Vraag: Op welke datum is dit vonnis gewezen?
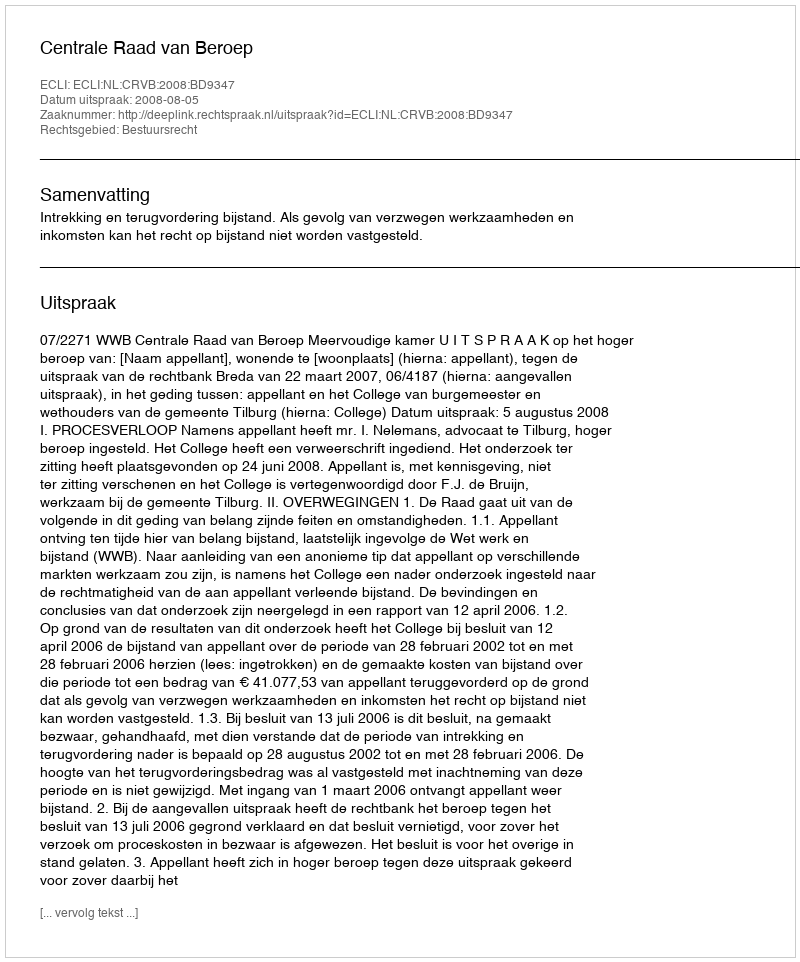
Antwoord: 2008-08-05